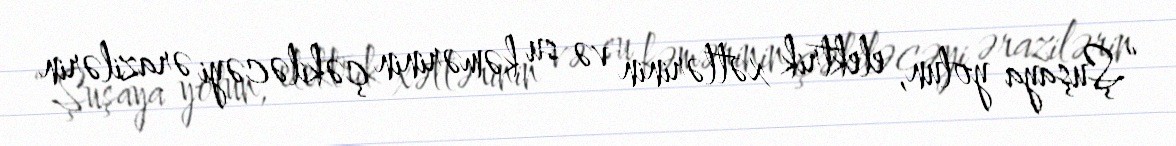
“Şuşaya yolun, elektrik xətlərinin və su kəmərinin çəkiləcəyi ərazilərin